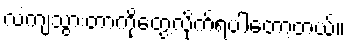
လဲကျသွားတာကိုတွေ့လိုက်ရပါတော့တယ်။